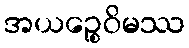
အယဉ္စေဝိမဿ